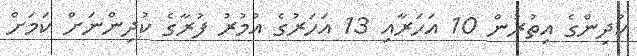
ކުދިންގެ އިތުރުން 10 އަހަރާއި 13 އަހަރުގެ އުމުރު ފުރާގެ ކުދިންނަށް ކަމަށް